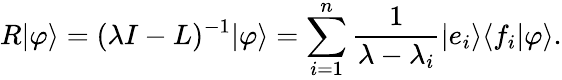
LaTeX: R|\varphi\rangle=(\lambda I-L)^{-1}|\varphi\rangle=\sum_{i=1}^{n}{\frac{1}{\lambda-\lambda_{i}}}|e_{i}\rangle\langle f_{i}|\varphi\rangle.